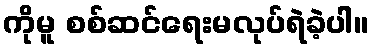
ကိုမူ စစ်ဆင်ရေးမလုပ်ရဲခဲ့ပါ။